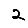
Digit: 2